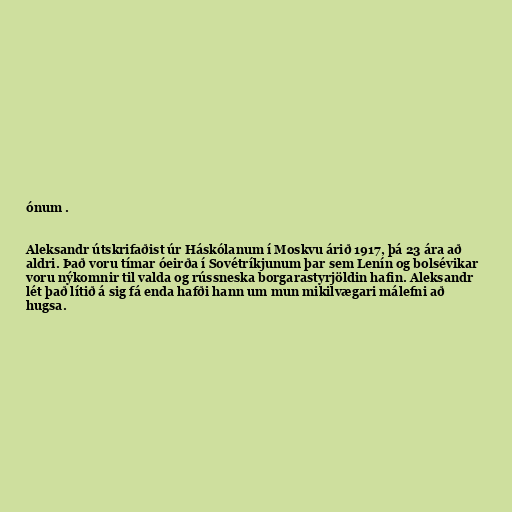
ónum .

Aleksandr útskrifaðist úr Háskólanum í Moskvu árið 1917, þá 23 ára að
aldri. Það voru tímar óeirða í Sovétríkjunum þar sem Lenín og bolsévikar
voru nýkomnir til valda og rússneska borgarastyrjöldin hafin. Aleksandr
lét það lítið á sig fá enda hafði hann um mun mikilvægari málefni að
hugsa.